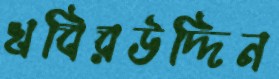
খবিরউদ্দিন